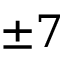
\pm 7